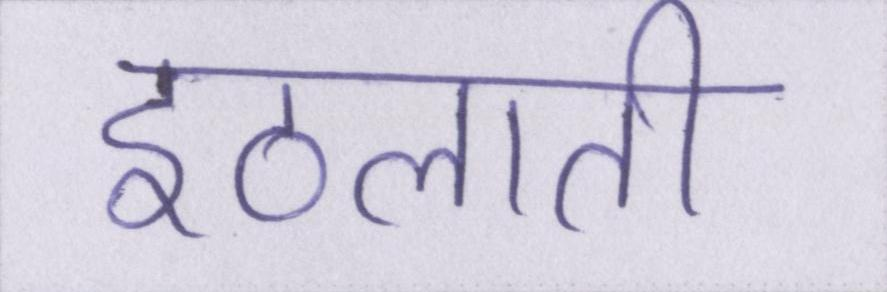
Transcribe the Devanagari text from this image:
इठलाती